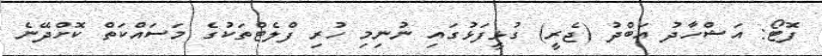
ފޮޓޯ: އަޝްހާދު އަބްދު (ޖެރީ) ގުޅީފަޅުގައި ނުނިމި ހުރި ފްލެޓްތަކުގެ މަސައްކަތް ކޮށްދޭނެ